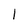
Character: l